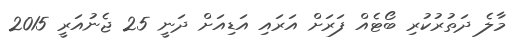
މާލެ ދަތުރުކުރި ބޯޓެއް ފަރަށް އަރައި އަޑިއަށް ދަނީ 25 ޖެނުއަރީ 2015